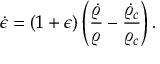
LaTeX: \dot { \epsilon } = ( 1 + \epsilon ) \left( { \frac { \dot { \varrho } } { \varrho } } - { \frac { \dot { \varrho } _ { c } } { \varrho _ { c } } } \right) .